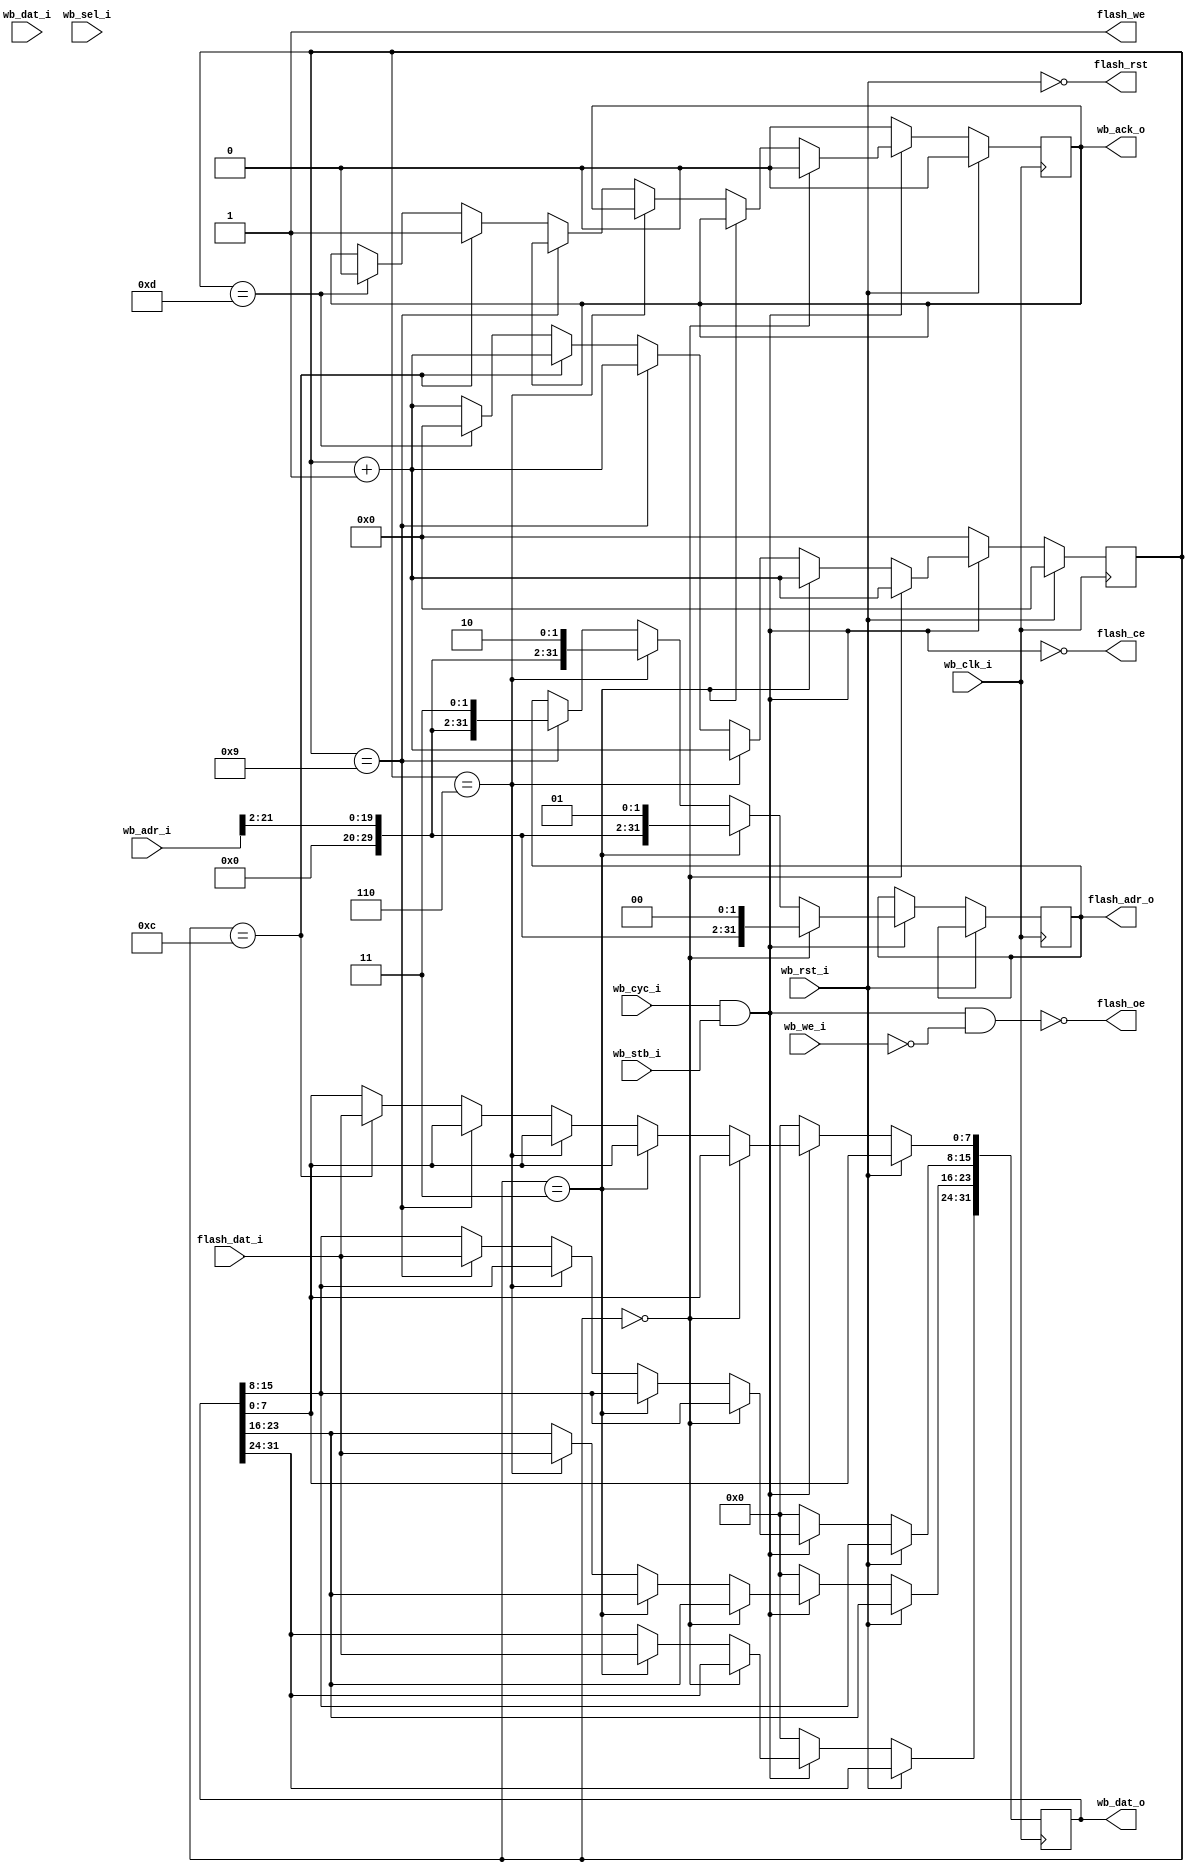
//////////////////////////////////////////////////////////////////////
////                                                              ////
//// Copyright (C) 2014 leishangwen@163.com                       ////
////                                                              ////
//// This source file may be used and distributed without         ////
//// restriction provided that this copyright statement is not    ////
//// removed from the file and that any derivative work contains  ////
//// the original copyright notice and the associated disclaimer. ////
////                                                              ////
//// This source file is free software; you can redistribute it   ////
//// and/or modify it under the terms of the GNU Lesser General   ////
//// Public License as published by the Free Software Foundation; ////
//// either version 2.1 of the License, or (at your option) any   ////
//// later version.                                               ////
////                                                              ////
//// This source is distributed in the hope that it will be       ////
//// useful, but WITHOUT ANY WARRANTY; without even the implied   ////
//// warranty of MERCHANTABILITY or FITNESS FOR A PARTICULAR      ////
//// PURPOSE.  See the GNU Lesser General Public License for more ////
//// details.                                                     ////
////                                                              ////
//////////////////////////////////////////////////////////////////////
//////////////////////////////////////////////////////////////////////
//////////////////////////////////////////////////////////////////////
// Module:  flash_top
// Description: Nor Flash Controller for DE2    
// Revision: 1.0
//////////////////////////////////////////////////////////////////////

module flash_top(
    // Parallel FLASH Interface
    wb_clk_i, wb_rst_i, wb_adr_i, wb_dat_o, wb_dat_i, wb_sel_i, wb_we_i,
    wb_stb_i, wb_cyc_i, wb_ack_o,
    flash_adr_o, flash_dat_i, flash_rst,
    flash_oe, flash_ce, flash_we
);

    //
    // Default address and data bus width
    //
    parameter aw = 19;   // number of address-bits
    parameter dw = 32;   // number of data-bits
    parameter ws = 4'h3; // number of wait-states

    //
    // FLASH interface
    //
    input   wb_clk_i;
    input   wb_rst_i;
    input   [31:0] wb_adr_i;
    output reg [dw-1:0] wb_dat_o;
    input   [dw-1:0] wb_dat_i;
    input   [3:0] wb_sel_i;
    input   wb_we_i;
    input   wb_stb_i;
    input   wb_cyc_i;
    output reg wb_ack_o;
    output reg [31:0] flash_adr_o;
    input   [7:0] flash_dat_i;
    output  flash_rst;
    output  flash_oe;
    output  flash_ce;
    output  flash_we;
    reg [3:0] waitstate;
    wire    [1:0] adr_low;

    // Wishbone read/write accesses
    wire wb_acc = wb_cyc_i & wb_stb_i;    // WISHBONE access
    wire wb_wr  = wb_acc & wb_we_i;       // WISHBONE write access
    wire wb_rd  = wb_acc & !wb_we_i;      // WISHBONE read access

    always @(posedge wb_clk_i) begin
        if( wb_rst_i == 1'b1 ) begin
            waitstate <= 4'h0;
            wb_ack_o <= 1'b0;
        end else if(wb_acc == 1'b0) begin
            waitstate <= 4'h0;
            wb_ack_o <= 1'b0;
            wb_dat_o <= 32'h00000000;
        end else if(waitstate == 4'h0) begin
            wb_ack_o <= 1'b0;
            if(wb_acc) begin
              waitstate <= waitstate + 4'h1;
            end
						flash_adr_o <= {10'b0000000000,wb_adr_i[21:2],2'b00};
        end else begin
            waitstate <= waitstate + 4'h1;
				    if(waitstate == 4'h3) begin
					     wb_dat_o[31:24] <= flash_dat_i;
					     flash_adr_o <= {10'b0000000000,wb_adr_i[21:2],2'b01};
						end else if(waitstate == 4'h6) begin
						   wb_dat_o[23:16] <= flash_dat_i;
						   flash_adr_o <= {10'b0000000000,wb_adr_i[21:2],2'b10};
						end else if(waitstate == 4'h9) begin
						   wb_dat_o[15:8] <= flash_dat_i;
						   flash_adr_o <= {10'b0000000000,wb_adr_i[21:2],2'b11};
						end else if(waitstate == 4'hc) begin
						   wb_dat_o[7:0] <= flash_dat_i;
               wb_ack_o <= 1'b1;
						end else if(waitstate == 4'hd) begin
               wb_ack_o <= 1'b0;
               waitstate <= 4'h0;
            end
         end
      end

    assign flash_ce = !wb_acc;
    assign flash_we = 1'b1;
    assign flash_oe = !wb_rd;


    assign flash_rst = !wb_rst_i;

endmodule